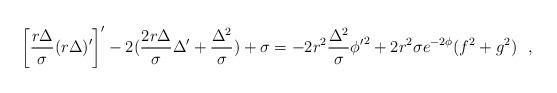
LaTeX: \begin{align*}\left[ \frac{r \Delta}{\sigma}(r \Delta)'\right]' -2(\frac{2r\Delta}{\sigma} \Delta'+ \frac{\Delta^2}{\sigma}) +\sigma = -2 r^2 \frac{\Delta^2}{\sigma} {\phi'}^2 + 2 r^2 \sigma e^{-2\phi} (f^2 + g^2)~~,\end{align*}